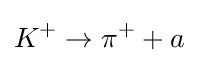
K^{+}\rightarrow \pi ^{+}+a